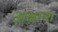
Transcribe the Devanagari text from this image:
अक्षान्श